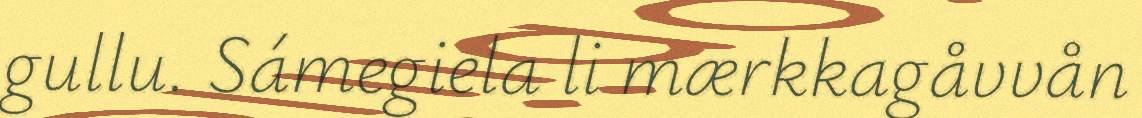
gullu. Sámegiela li mærkkagåvvån